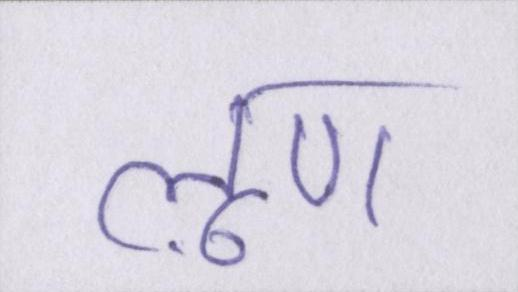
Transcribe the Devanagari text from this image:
लूण